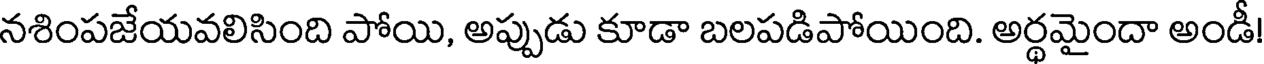
నశింపజేయవలిసింది పోయి, అప్పుడు కూడా బలపడిపోయింది. అర్థమైందా అండీ